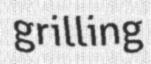
grilling